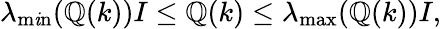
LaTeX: \lambda_{\operatorname*{m\mathit{i}n}}(\mathbb{Q}(k))I\leq\mathbb{Q}(k)\leq\lambda_{\operatorname*{max}}(\mathbb{Q}(k))I,